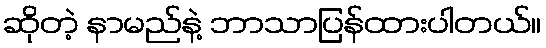
ဆိုတဲ့ နာမည်နဲ့ ဘာသာပြန်ထားပါတယ်။